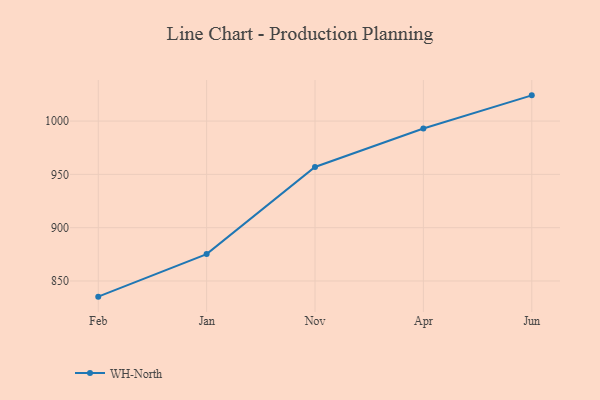
{"axis": {"x": "Month", "y": "Shipments"}, "legend": ["WH-North"], "data": [{"x": "Feb", "y": 835.3, "type": "WH-North"}, {"x": "Jan", "y": 875.2, "type": "WH-North"}, {"x": "Nov", "y": 956.9, "type": "WH-North"}, {"x": "Apr", "y": 993.0, "type": "WH-North"}, {"x": "Jun", "y": 1024.1, "type": "WH-North"}]}